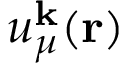
u _ { \mu } ^ { \mathbf { k } } ( \mathbf { r } )